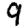
Digit: 9